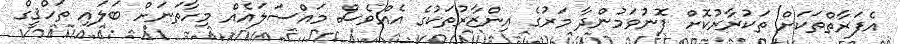
އެފަރާތްތަކަށް ތަކުރާރުކޮށް ފޮނުވަމުންދާ މަރުގެ އިންޒާރުތަކުގެ އެއްވެސް މައްސަލައެއް މިހާތަނަށް ބަލައި ތަހްޤީގް